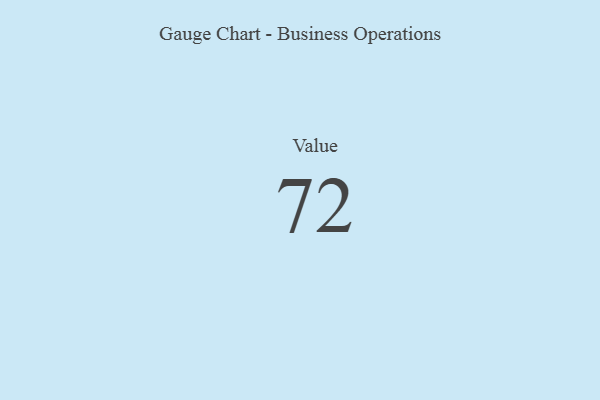
{"axis": {"x": "Metric", "y": "Value"}, "legend": [""], "data": [{"x": "Value", "y": 72, "type": ""}]}